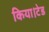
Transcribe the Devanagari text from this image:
किया।टेड